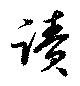
読